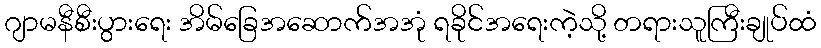
ဂျာမနီစီးပွားရေး အိမ်ခြေအဆောက်အအုံ ရခိုင်အရေးကဲ့သို့ တရားသူကြီးချုပ်ထံ